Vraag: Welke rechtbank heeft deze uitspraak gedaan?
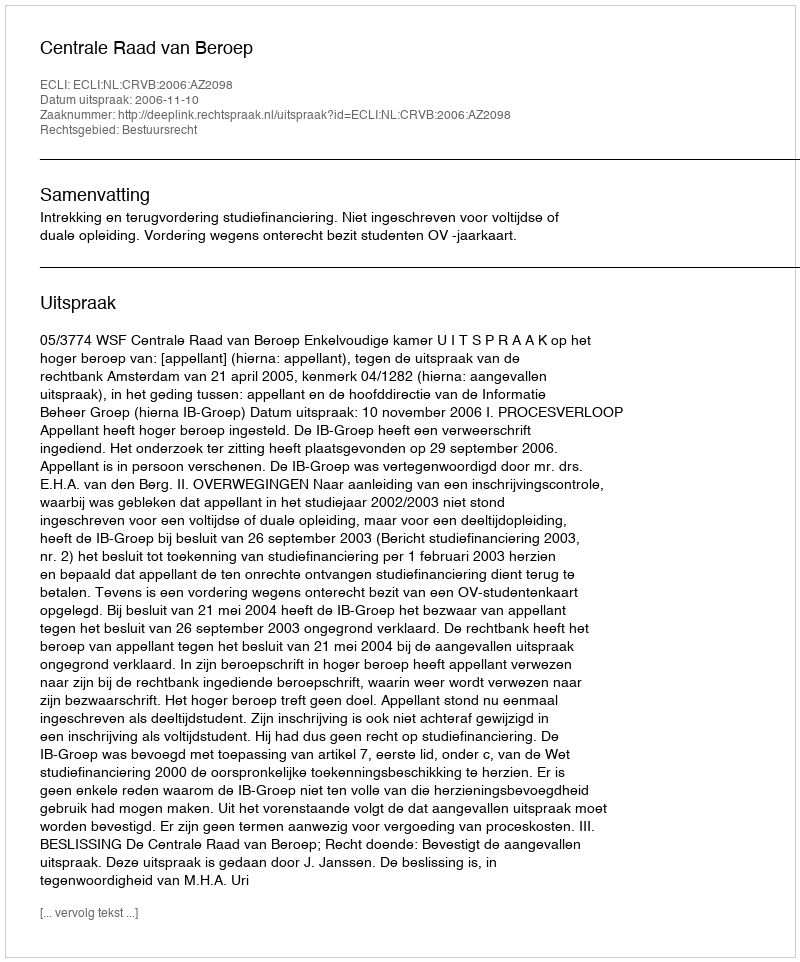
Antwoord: Centrale Raad van Beroep